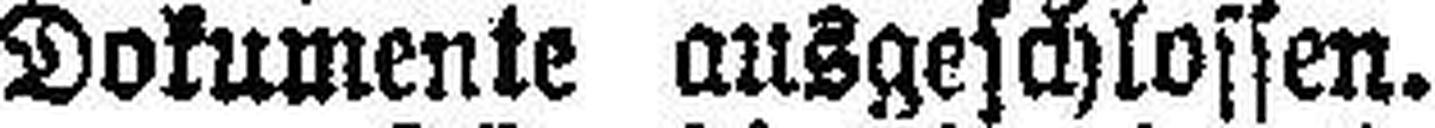
Dokumente ausgeschlossen